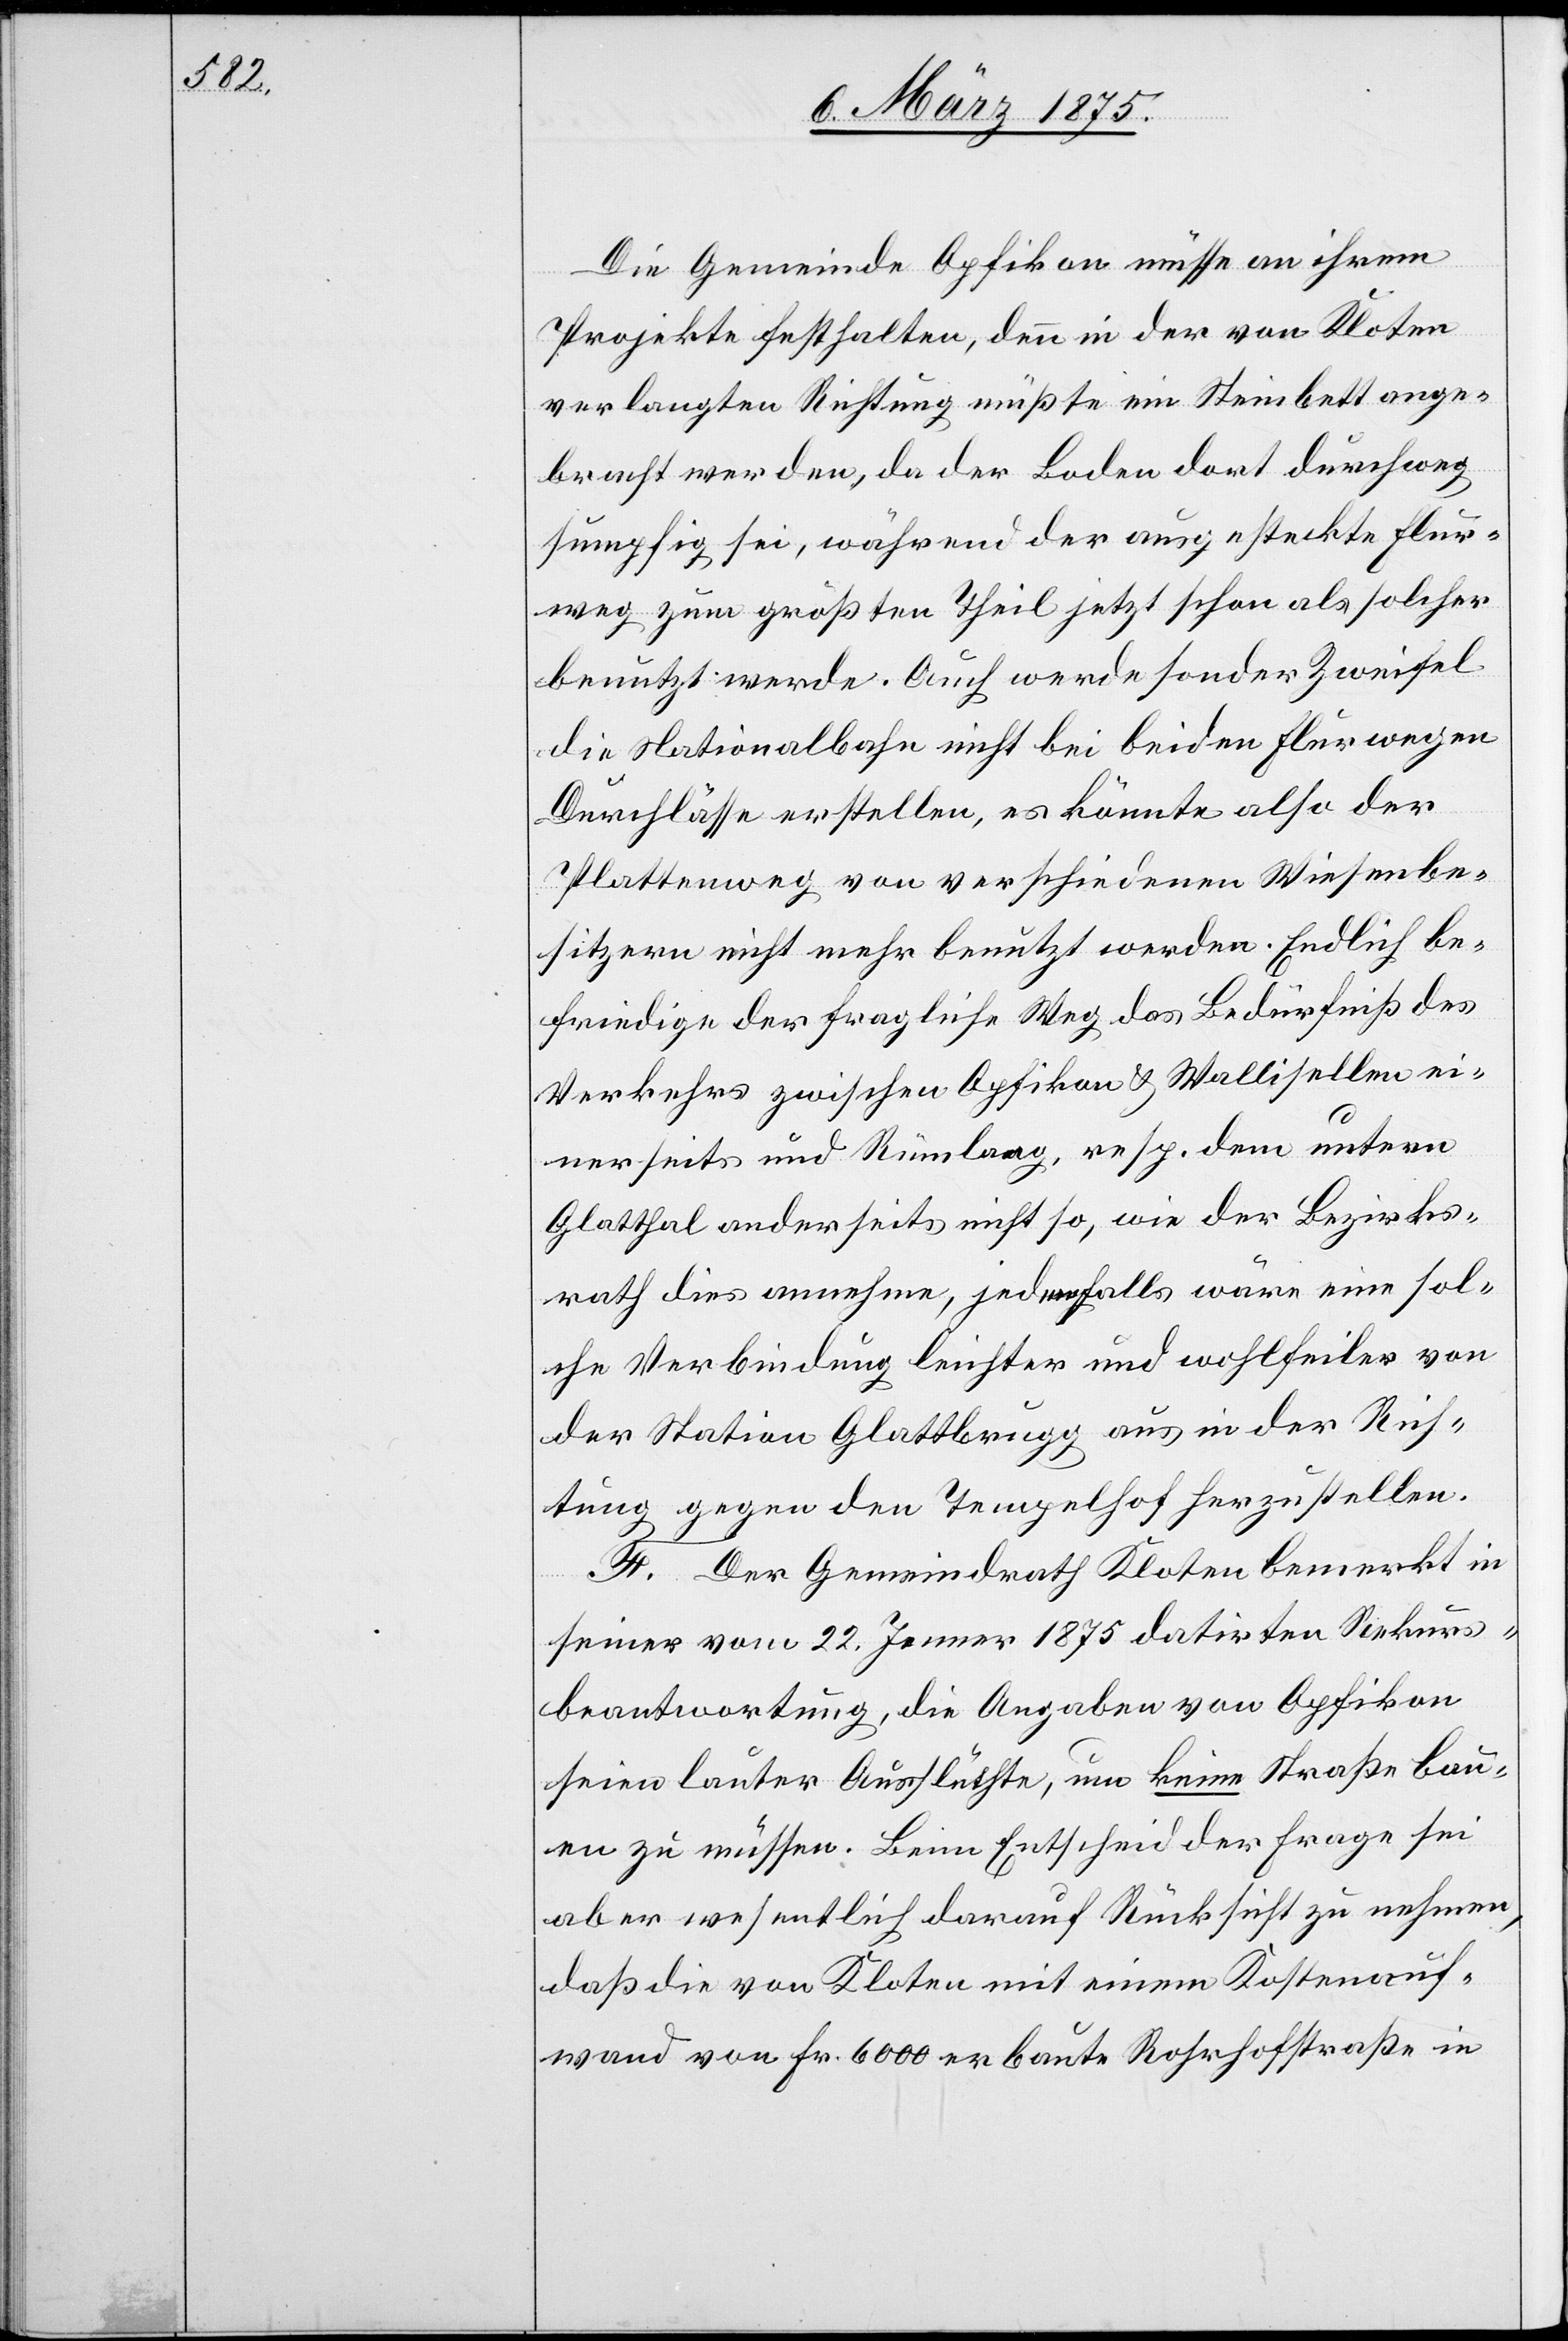
Die Gemeinde Opfikon müsse an ihrem
Projekte festhalten, denn in der von Kloten
verlangten Richtung müßte ein Steinbett ange¬
bracht werden, da der Boden dort durchweg
sumpfig sei, während der ausgesteckte Flur¬
weg zum größten Theil jetzt schon als solcher
benutzt werde. Auch werde sonder Zweifel
die Nationalbahn nicht bei beiden Flurwegen
Durchlässe erstellen, es könnte also der
Plattenweg von verschiedenen Wiesenbe¬
sitzern nicht mehr benutzt werden. Endlich be¬
friedige der fragliche Weg das Bedürfniß des
Verkehrs zwischen Opfikon & Wallisellen ei¬
nerseits und Rümlang, resp. dem untern
Glatthal anderseits nicht so, wie der Bezirks¬
rath dies annehme, jedenfalls wäre eine sol¬
che Verbindung leichter und wohlfeiler von
der Station Glattbrugg aus in der Rich¬
tung gegen den Tempelhof herzustellen.
F. Der Gemeindrath Kloten bemerkt in
seiner vom 22. Jenner 1875 datirten Rekurs¬
beantwortung, die Angaben von Opfikon
seien lauter Ausflüchte, um keine Straße bau¬
en zu müssen. Beim Entscheid der Frage sei
aber wesentlich darauf Rücksicht zu nehmen,
daß die von Kloten mit einem Kostenauf¬
wand von Fr. 6000 erbaute Rohrhofstraße in